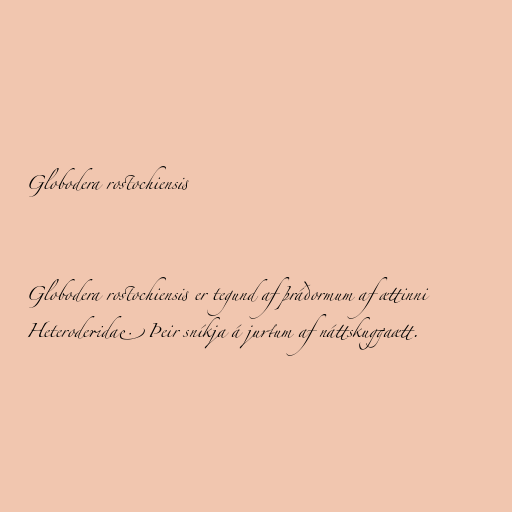
Globodera rostochiensis

Globodera rostochiensis er tegund af þráðormum af ættinni
Heteroderidae. Þeir sníkja á jurtum af náttskuggaætt.